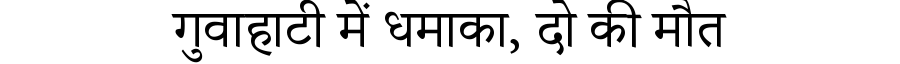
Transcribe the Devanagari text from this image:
गुवाहाटी में धमाका, दो की मौत